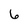
Character: 6